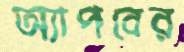
অ্যাপবের